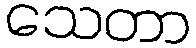
သေတာ